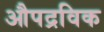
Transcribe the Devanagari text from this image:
औपद्रविक